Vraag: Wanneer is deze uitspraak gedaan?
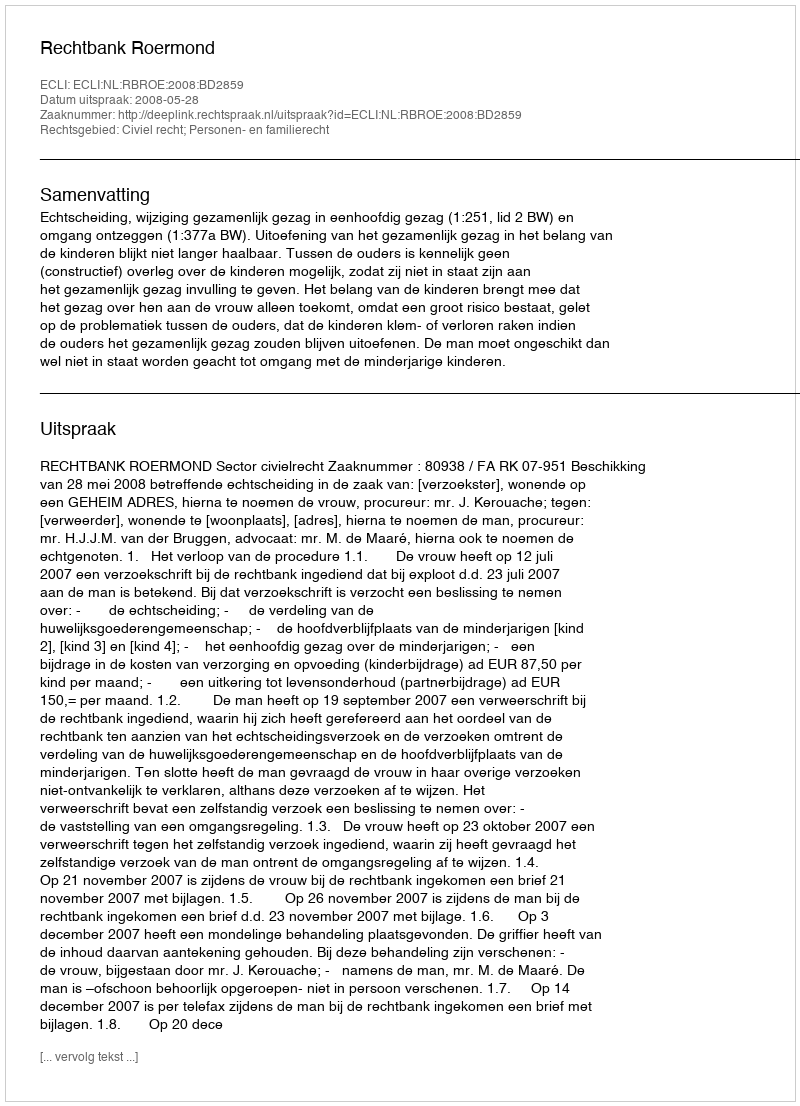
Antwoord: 2008-05-28